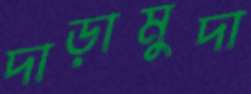
দাড়ামুদা